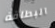
البطاقة